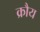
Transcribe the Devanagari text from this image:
क्रौय